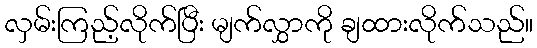
လှမ်းကြည့်လိုက်ပြီး မျက်လွှာကို ချထားလိုက်သည်။